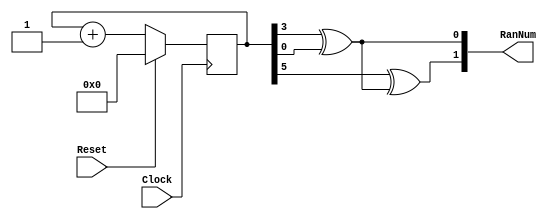
// Problema 4 - Sistema Digital
// Mdulo RandomNumber
// Camille Jesus, Pedro Gomes e Sarah Pereira
// 15/2/2018

module RandomNumber (
	Clock,
	Reset,
	RanNum
);

	input Clock;
	input Reset;
	output [7:0] RanNum;

	reg [7:0] counter;

	always @ (posedge Clock)
		begin

			if (Reset)
				begin
					counter <= 8'd0;
				end
			else
				begin
					counter <= counter + 8'd1;
				end
		end

	xor (RanNum[0], counter[3], counter[0]);
	xor (RanNum[1], counter[5], RanNum[0]);

endmodule